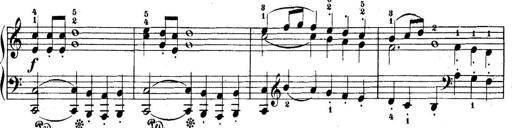
Title: 5 Sonatinas
Composer: Theodor Kirchner